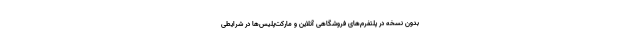
بدون نسخه در پلتفرم‌های فروشگاهی آنلاین و مارکت‌پلیس‌ها در شرایطی